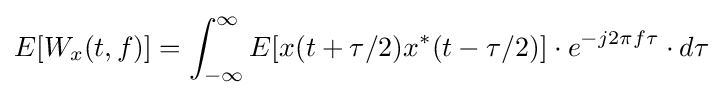
E[W_{x}(t,f)]=\int _{-\infty }^{\infty }E[x(t+\tau /2)x^{*}(t-\tau /2)]\cdot e^{-j2\pi f\tau }\cdot d\tau